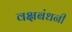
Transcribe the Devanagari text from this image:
वक्षबंधनी